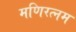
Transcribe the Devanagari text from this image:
मणिरत्‍नम